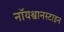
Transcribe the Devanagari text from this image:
नॉयश्वानस्टाइन